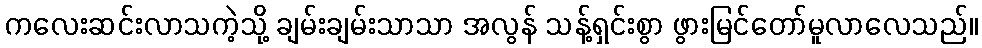
ကလေးဆင်းလာသကဲ့သို့ ချမ်းချမ်းသာသာ အလွန် သန့်ရှင်းစွာ ဖွားမြင်တော်မူလာလေသည်။